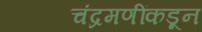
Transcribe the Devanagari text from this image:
चंद्रमणींकडून